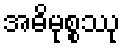
အဓိမုစ္စဿု